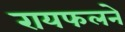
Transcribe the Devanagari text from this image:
रायफलने